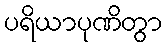
ပရိယာပုဏိတွာ